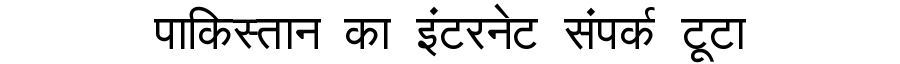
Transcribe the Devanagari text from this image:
पाकिस्तान का इंटरनेट संपर्क टूटा